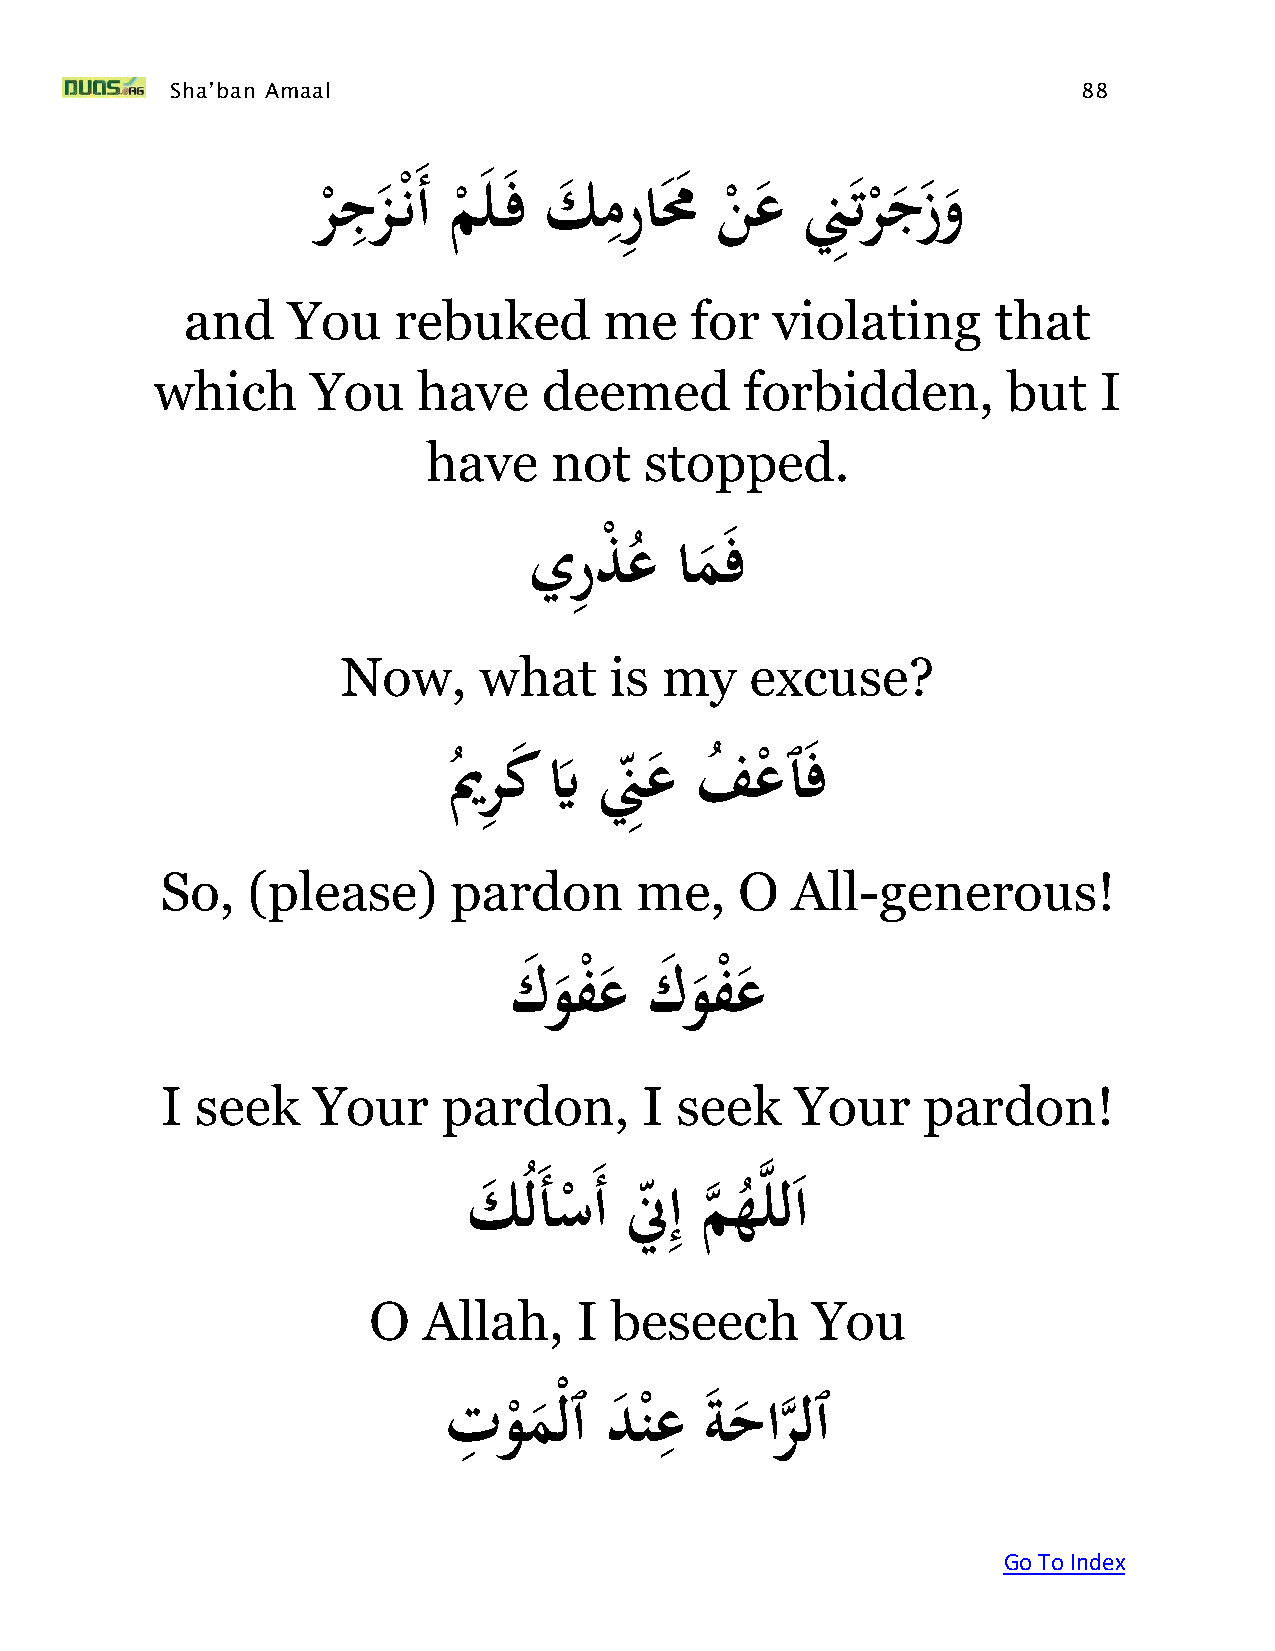
Sha’ban Amaal                                                88
 ِ                ِ
 َر ْجز ْن َأَم
 ْ
 ل فَك   مرِ ا مُ َن
 ْ
 ع َنِِ تر ْج ز و
 and    You    rebuked       me    for  violating      that
 which      You    have    deemed       forbidden,        but   I
 have    not    stopped.
 ِ
 يَ رذْ عَام  ف
 ُ
 Now,     what    is  my    excuse?
 ُيمَ رِ ك َيَّ َنِ ِع َف
 ُ
 ع
 ْ
 ٱ ف
 So,  (please)      pardon      me,    O  All-generous!
 َ  كَ وفْعَك  وفَْع
 I seek    Your    pardon,       I seek    Your    pardon!
 ِ     ه
 كَ ُل َأَس َأَنِإَمهللا
 ْ
 ه
 ُ
 O   Allah,    I beseech       You
 ِ             ِ
 تَ  ومْلٱَدنعَةحارلٱ
 ْ         ه
 ْ
 Go To Index